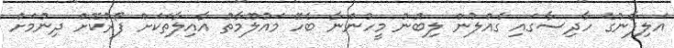
އަލިފާނުގެ ހާދިސާގައި ގެއްލުން ލިބުނު މީހުންނާ ބެހޭ މައުލޫމާތު އާއިލާތަކަށް ފޯރުކޮށް ދިނުމަށް